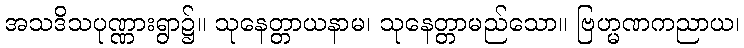
အသဒိသပုဏ္ဏားရွာ၌။ သုနေတ္တာယနာမ၊ သုနေတ္တာမည်သော။ ဗြဟ္မဏကညာယ၊